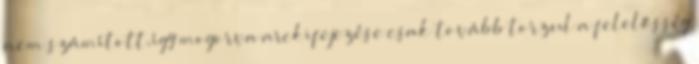
nem számított,így mogorva arckifejezése csak tovább torzul a felelősség